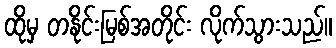
ထိုမှ တနိုင်းမြစ်အတိုင်း လိုက်သွားသည်။